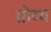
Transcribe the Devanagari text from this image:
ग्रोव्थ